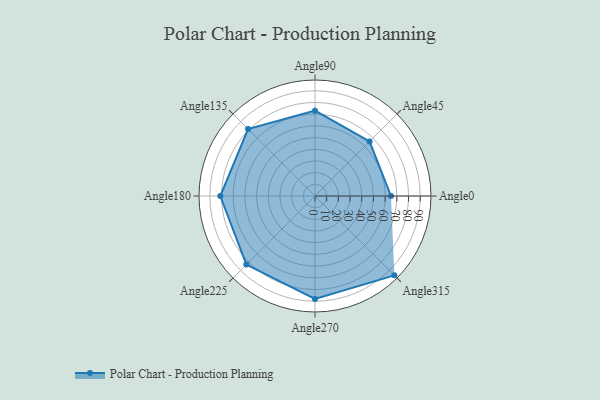
{"axis": {"x": "Angle", "y": "Radius"}, "legend": [""], "data": [{"x": "Angle0", "y": 65.0, "type": ""}, {"x": "Angle45", "y": 66.0, "type": ""}, {"x": "Angle90", "y": 73.0, "type": ""}, {"x": "Angle135", "y": 81.0, "type": ""}, {"x": "Angle180", "y": 81.0, "type": ""}, {"x": "Angle225", "y": 83.0, "type": ""}, {"x": "Angle270", "y": 88.0, "type": ""}, {"x": "Angle315", "y": 96.0, "type": ""}]}